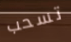
تسحب